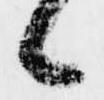
候